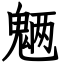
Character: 魉